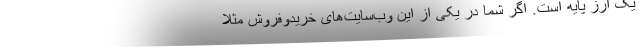
یک ارز پایه است. اگر شما در یکی از این وب‌سایت‌های خرید‌وفروش مثلا